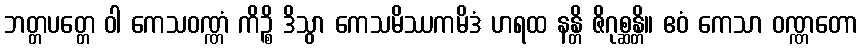
ဘတ္တပတ္တေ ဝါ ကေသဝဏ္ဏံ ကိဉ္စိ ဒိသွာ ကေသမိဿကမိဒံ ဟရထ နန္တိ ဇိဂုစ္ဆန္တိ။ ဧဝံ ကေသာ ဝဏ္ဏတော